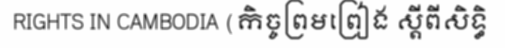
RIGHTS IN CAMBODIA (កិច្ចព្រមព្រៀង ស្តីពីសិទ្ធិ